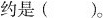
约是()。